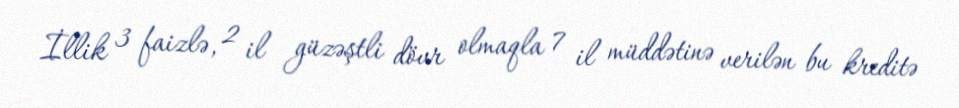
İllik 3 faizlə, 2 il güzəştli dövr olmaqla 7 il müddətinə verilən bu kreditə